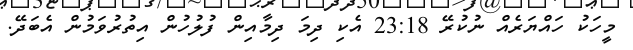
މީހަކު ހައްޔަރެއް ނުކުރޭ 23:18 އެކި ދިމަ ދިމާއިން ފުލުހުން އިތުރުވަމުން އެބަދޭ.